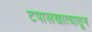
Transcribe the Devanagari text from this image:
टपालखात्यातून